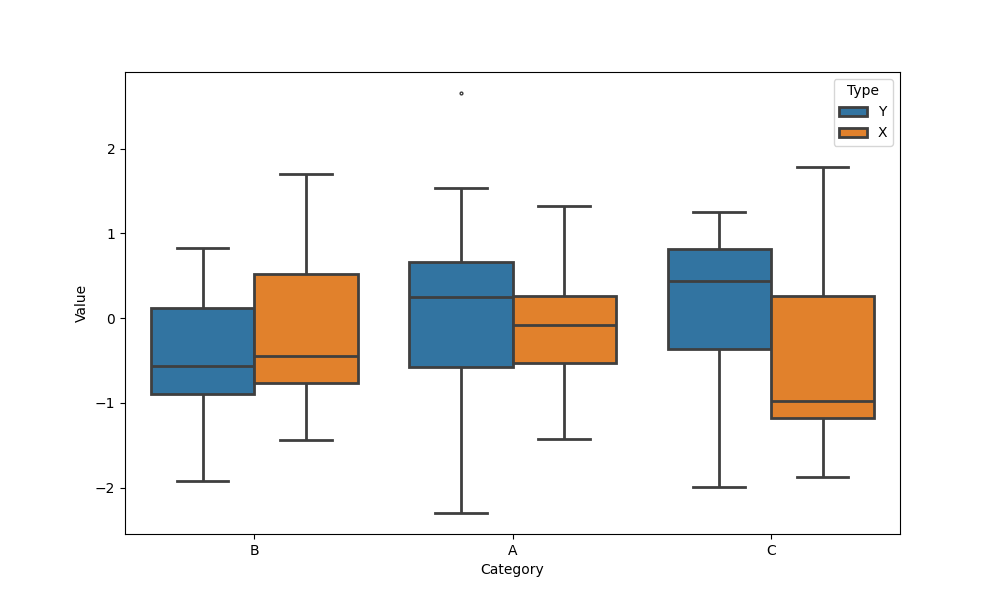
python, seaborn, boxplot, width=0.8, linewidth=2, fliersize=2, notch=False